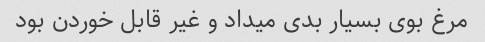
مرغ بوی بسیار بدی میداد و غیر قابل خوردن بود